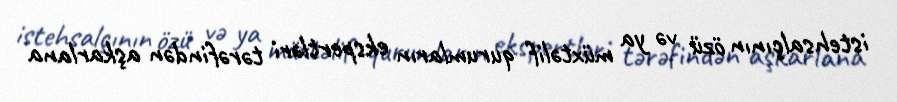
istehsalçının özü və ya müxtəlif qurumların ekspertləri tərəfindən aşkarlana